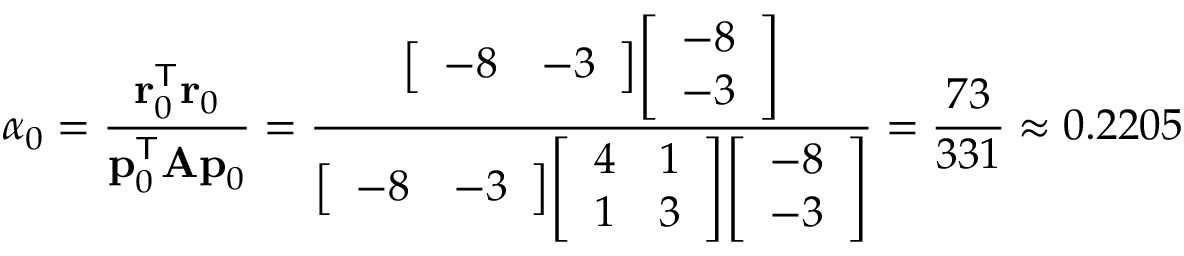
\alpha _ { 0 } = { \frac { \mathbf { r } _ { 0 } ^ { \mathsf { T } } \mathbf { r } _ { 0 } } { \mathbf { p } _ { 0 } ^ { \mathsf { T } } \mathbf { A p } _ { 0 } } } = { \frac { { \left[ \begin{array} { l l } { - 8 } & { - 3 } \end{array} \right] } { \left[ \begin{array} { l } { - 8 } \\ { - 3 } \end{array} \right] } } { { \left[ \begin{array} { l l } { - 8 } & { - 3 } \end{array} \right] } { \left[ \begin{array} { l l } { 4 } & { 1 } \\ { 1 } & { 3 } \end{array} \right] } { \left[ \begin{array} { l } { - 8 } \\ { - 3 } \end{array} \right] } } } = { \frac { 7 3 } { 3 3 1 } } \approx 0 . 2 2 0 5